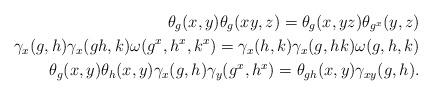
LaTeX: \begin{align*} \theta_g(x,y)\theta_g(xy,z) = \theta_g(x,yz)\theta_{g^x}(y,z) \\ \gamma_x(g,h)\gamma_x(gh,k) \omega(g^x, h^x, k^x) = \gamma_x(h,k)\gamma_x(g, hk) \omega(g,h,k) \\ \theta_g(x,y)\theta_h(x,y) \gamma_x(g,h) \gamma_y(g^x, h^x) = \theta_{gh}(x,y) \gamma_{xy}(g,h). \end{align*}